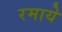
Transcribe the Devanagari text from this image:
रमाये